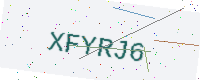
Text: XFYRJ6